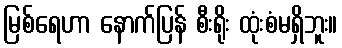
မြစ်ရေဟာ နောက်ပြန် စီးရိုး ထုံးစံမရှိဘူး။